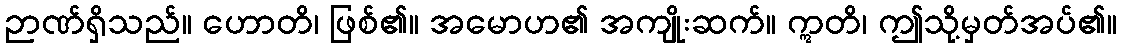
ဉာဏ်ရှိသည်။ ဟောတိ၊ ဖြစ်၏။ အမောဟ၏ အကျိုးဆက်။ ဣတိ၊ ဤသို့မှတ်အပ်၏။